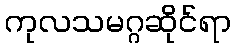
ကုလသမဂ္ဂဆိုင်ရာ